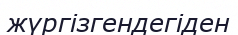
жүргізгендегіден